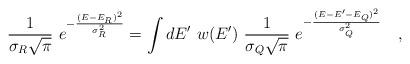
LaTeX: \begin{align*}{1\over \sigma_R\sqrt{\pi}}~e^{-{(E-E_R)^2\over \sigma_R^2}}=\int dE'~ w(E')~ {1\over \sigma_Q\sqrt{\pi}}~e^{-{(E-E'-E_Q)^2\over \sigma_Q^2}}~~~,\end{align*}